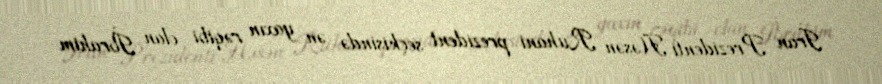
İran Prezidenti Həsən Ruhani prezident seçkisində ən yaxın rəqibi olan İbrahim